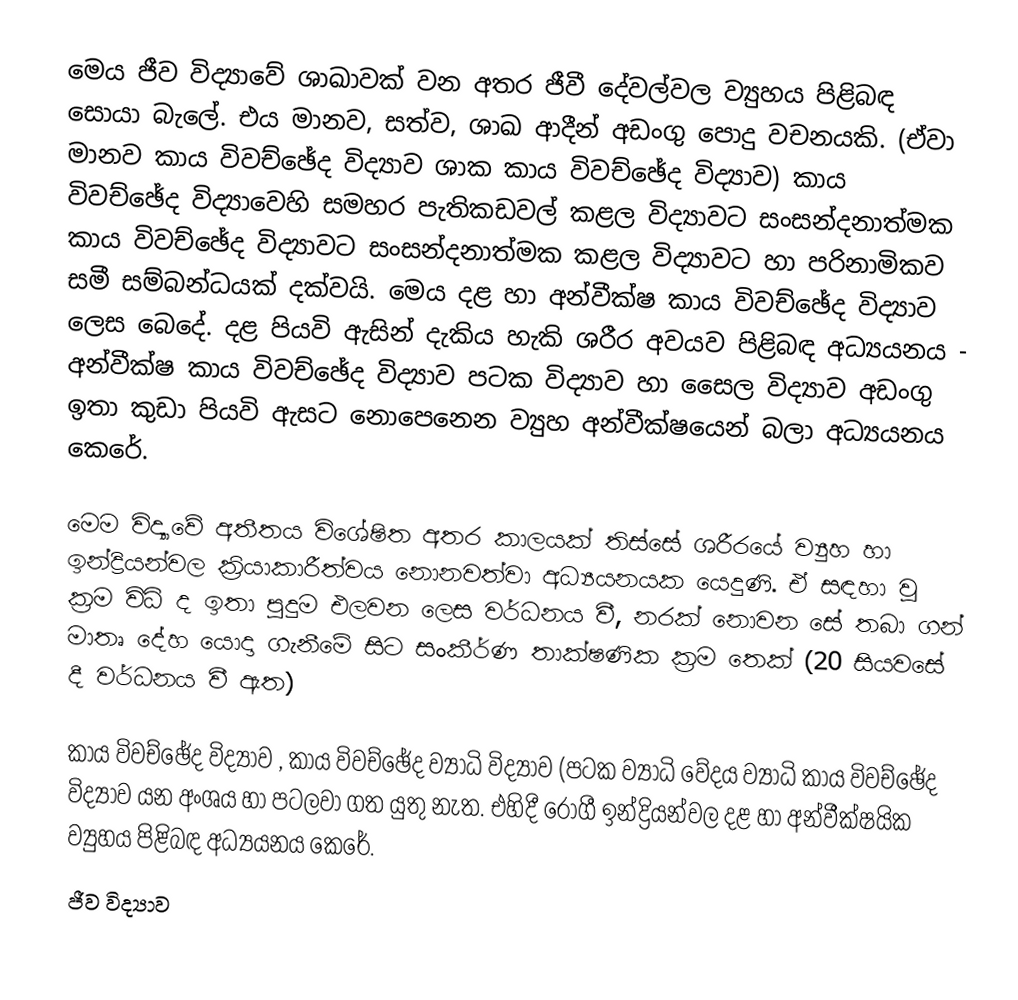
මෙය ජීව විද්‍යාවේ ශාඛාවක් වන අතර ජීවී දේවල්වල ව්‍යුහය පිළිබඳ සොයා බැ‍ලේ. එය මානව, සත්ව, ශාඛ ආදීන් අඩංගු පොදු වචනයකි. (ඒවා මානව කාය විවච්ඡේද විද්‍යාව ශාක කාය විවච්ඡේද විද්‍යාව) කාය විවච්ඡේද විද්‍යාවෙහි සමහර පැතිකඩවල් කළල විද්‍යාවට සංසන්දනාත්මක කාය විවච්ඡේද විද්‍යාවට සංසන්දනාත්මක කළල විද්‍යාවට හා පරිනාමිකව සමී සම්බන්ධයක් දක්වයි. මෙය දළ හා අන්වීක්ෂ කාය විවච්ඡේද විද්‍යාව ලෙස බෙදේ. දළ පියවි ඇසින් දැකිය හැකි ශරීර අවයව පිළිබඳ අධ්‍යයනය - අන්වීක්ෂ කාය විවච්ඡේද විද්‍යාව පටක විද්‍යාව හා සෛල විද්‍යාව අඩංගු ඉතා කුඩා පියවි ඇසට නොපෙනෙන ව්‍යුහ අන්වීක්ෂයෙන් බලා අධ්‍යයනය කෙරේ.

‍මෙම විද්‍යාවේ අතීතය විශේෂිත අතර කාලයක් තිස්සේ ශරීරයේ ව්‍යුහ හා ඉන්ද්‍රියන්වල ක්‍රියාකාරීත්වය නොනවත්වා අධ්‍යයනයක යෙදුණි. ඒ සඳහා වූ ක්‍රම විධි ද ඉතා පුදුම එලවන ලෙස වර්ධනය වී, නරක් නොවන සේ තබා ගන් මාතෘ දේහ යොදා ගැනීමේ සිට සංකීර්ණ තාක්ෂණික ක්‍රම තෙක් (20 සියවසේ දී වර්ධනය වී ඇත)

කාය විවච්ඡේද විද්‍යාව , කාය විවච්ඡේද ව්‍යාධි විද්‍යාව (පටක ව්‍යාධි වේදය ව්‍යාධි කාය විවච්ඡේද විද්‍යාව යන අංශය හා පටලවා ගත යුතු නැත. එහිදී රෝගී ඉන්ද්‍රියන්වල දළ හා අන්වීක්ෂයික ව්‍යුහය පිළිබඳ අධ්‍යයනය කෙරේ.
ජීව විද්‍යාව